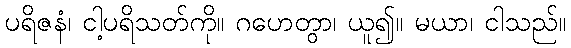
ပရိဇနံ၊ ငါ့ပရိသတ်ကို။ ဂဟေတွာ၊ ယူ၍။ မယာ၊ ငါသည်။